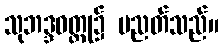
သုဘဒ္ဒဝတ္ထု၌ ပညတ်သည်။